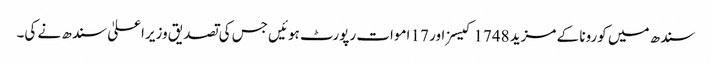
سندھ میں کورونا کے مزید 1748 کیسز اور 17 اموات رپورٹ ہوئیں جس کی تصدیق وزیراعلیٰ سندھ نے کی۔